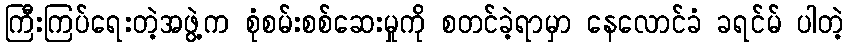
ကြီးကြပ်ရေးတဲ့အဖွဲ့က စုံစမ်းစစ်ဆေးမှုကို စတင်ခဲ့ရာမှာ နေလောင်ခံ ခရင်မ် ပါတဲ့